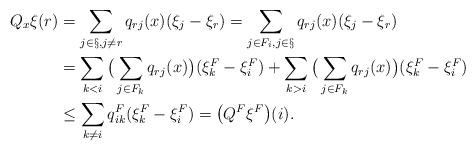
LaTeX: \begin{align*}Q_x\xi(r)&=\sum_{j\in\S,j\neq r} q_{rj}(x)(\xi_j-\xi_r)=\sum_{j\in F_i,j\in \S} q_{rj}(x)(\xi_j-\xi_r)\\&=\sum_{k< i}\big(\sum_{j\in F_k} q_{rj}(x)\big)(\xi_k^F-\xi_i^F)+\sum_{k> i}\big(\sum_{j\in F_k} q_{rj}(x)\big)(\xi_k^F-\xi_i^F)\\&\leq \sum_{k\neq i} q_{ik}^F(\xi_k^F-\xi_i^F)=\big(Q^F\xi^F\big)(i).\end{align*}